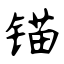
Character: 锚